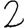
Digit: 2